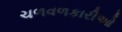
ચળવળકારીઓ